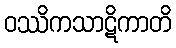
ဝဿိကသာဋိကာတိ